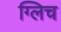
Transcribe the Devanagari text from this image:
ग्लिच